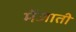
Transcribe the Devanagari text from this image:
मेंजाती